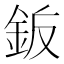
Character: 𬫋